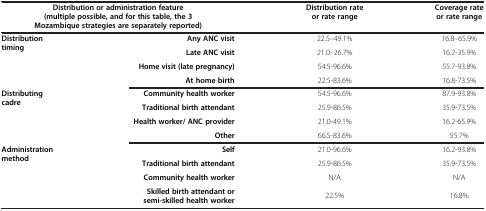
| <COLSPAN=2> Distribution or administration feature (multiple possible, and for this table, the 3 Mozambique strategies are separately reported) | Distribution rate or rate range | Coverage rate or rate range |
 | --- | --- | --- | --- |
 | <ROWSPAN=4> Distribution timing | Any ANC visit | 22.5–49.1% | 16.8–65.9% |
 | Late ANC visit | 21.0–26.7% | 16.2-35.9% |
 | Home visit (late pregnancy) | 54.5-96.6% | 55.7-93.8% |
 | At home birth | 22.5-83.6% | 16.8-73.5% |
 | <ROWSPAN=4> Distributing cadre | Community health worker | 54.5-96.6% | 87.9-93.8% |
 | Traditional birth attendant | 25.9-86.5% | 35.9-73.5% |
 | Health worker/ ANC provider | 21.0-49.1% | 16.2-65.9% |
 | Other | 66.5-83.6% | 55.7% |
 | <ROWSPAN=4> Administration method | Self | 21.0-96.6% | 16.2-93.8% |
 | Traditional birth attendant | 25.9-86.5% | 35.9-73.5% |
 | Community health worker | N/A | N/A |
 | Skilled birth attendant or semi-skilled health worker | 22.5% | 16.8% |